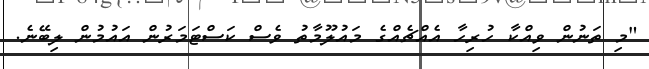
"މި ތަނުން ވިއްކާ ހުރިހާ އެއްޗެއްގެ މައުލޫމާތު ވެސް ކަސްޓަމަރުން އައުމުން ލިބޭނެ.